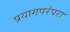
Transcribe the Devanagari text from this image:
प्रयागपरंपरा